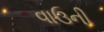
વાઉની